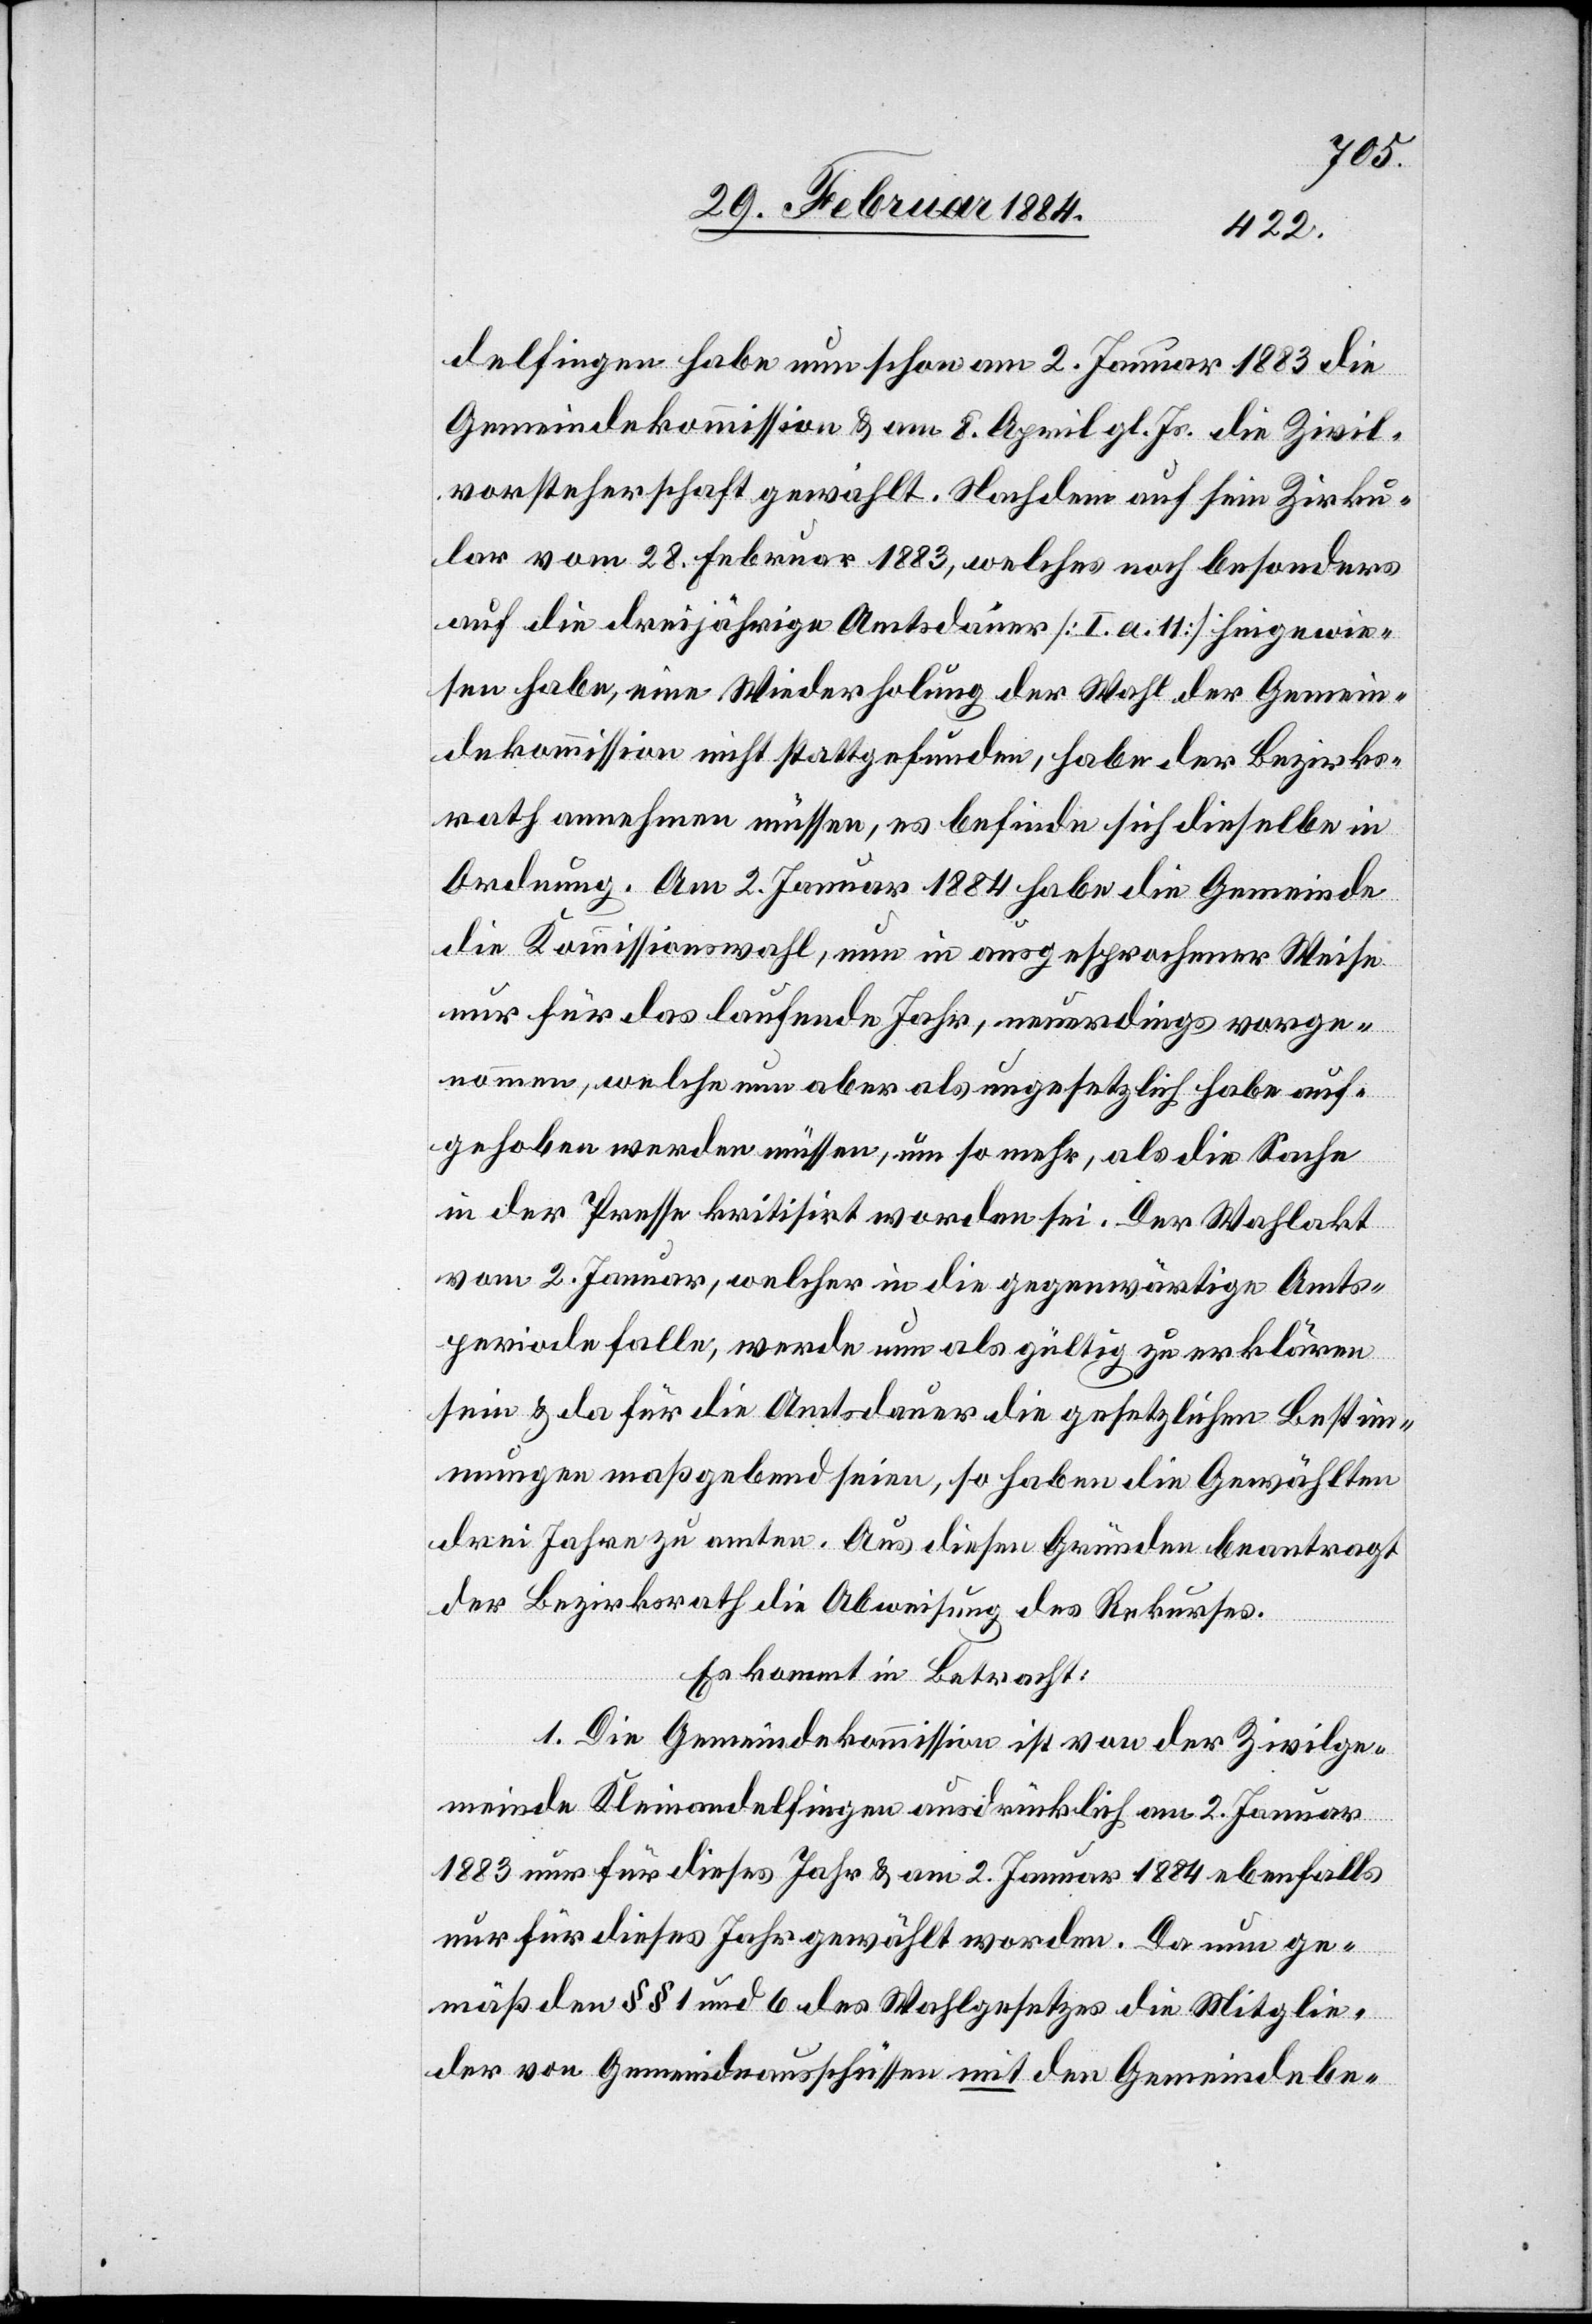
delfingen habe nun schon am 2. Januar 1883 die
Gemeindekommission & am 8. April gl. Js. die Zivil¬
vorsteherschaft gewählt. Nachdem auf sein Zirku¬
lar vom 28. Februar 1883, welches noch besonders
auf die dreijährige Amtsdauer [I. a. 11] hingewie¬
sen habe, eine Wiederholung der Wahl der Gemein¬
dekommission nicht stattgefunden, habe der Bezirks¬
rath annehmen müssen, es befinde sich dieselbe in
Ordnung. Am 2. Januar 1884 habe die Gemeinde
die Kommissionswahl, nun in ausgesprochener Weise
nur für das laufende Jahr, neuerdings vorge¬
nommen, welche nun aber als ungesetzlich habe auf¬
gehoben werden müssen, um so mehr, als die Sache
in der Presse kritisirt worden sei. Der Wahlakt
vom 2. Januar, welcher in die gegenwärtige Amts¬
periode falle, werde nun als gültig zu erklären
sein & da für die Amtsdauer die gesetzlichen Bestim¬
mungen maßgebend seien, so haben die Gewählten
drei Jahre zu amten. Aus diesen Gründen beantragt
der Bezirksrath die Abweisung des Rekurses.
Es kommt in Betracht:
1. Die Gemeindekommission ist von der Zivilge¬
meinde Kleinandelfingen ausdrücklich am 2. Januar
1883 nur für dieses Jahr & am 2. Januar 1884 ebenfalls
nur für dieses Jahr gewählt worden. Da nun ge¬
mäß den §§ 1 und 6 des Wahlgesetzes die Mitglie¬
der von Gemeindeausschüssen mit den Gemeindebe-